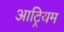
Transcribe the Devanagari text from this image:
आट्रियम